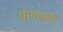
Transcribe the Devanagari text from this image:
प्रकन्द